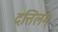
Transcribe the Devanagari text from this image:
दत्तिलम्‌